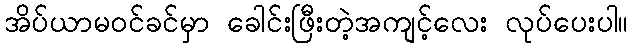
အိပ်ယာမဝင်ခင်မှာ ခေါင်းဖြီးတဲ့အကျင့်လေး လုပ်ပေးပါ။